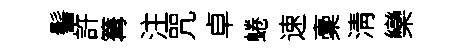
髻許篝注咒卓蜷速稾淸欒